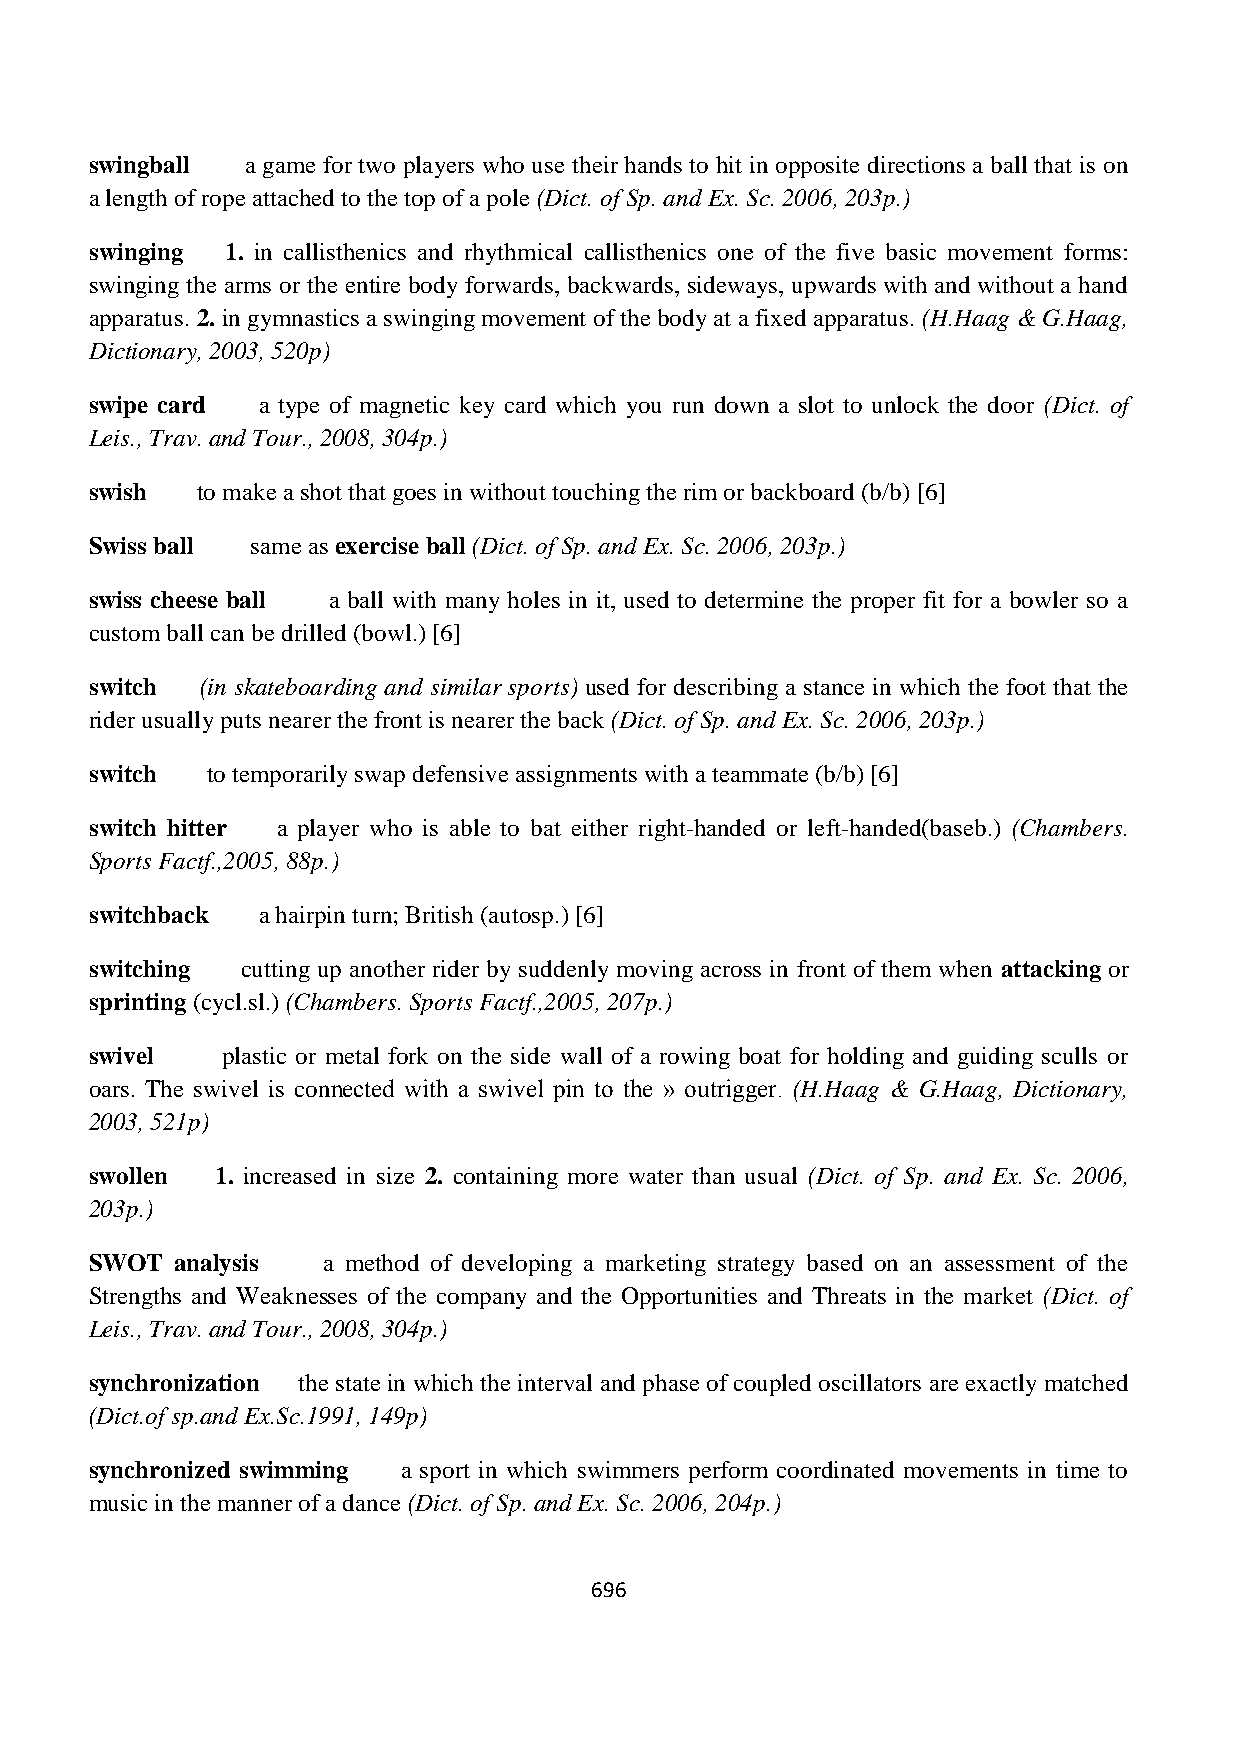
swingball a game for two players who use their hands to hit in opposite directions a ball that is on
 a length of rope attached to the top of a pole (Dict. of Sp. and Ex. Sc. 2006, 203p.)
 swinging 1. in callisthenics and rhythmical callisthenics one of the five basic movement forms:
 swinging the arms or the entire body forwards, backwards, sideways, upwards with and without a hand
 apparatus. 2. in gymnastics a swinging movement of the body at a fixed apparatus. (H.Haag & G.Haag,
 Dictionary, 2003, 520p)
 swipe card a type of magnetic key card which you run down a slot to unlock the door (Dict. of
 Leis., Trav. and Tour., 2008, 304p.)
 swish  to make a shot that goes in without touching the rim or backboard (b/b) [6]
 Swiss ball same as exercise ball (Dict. of Sp. and Ex. Sc. 2006, 203p.)
 swiss cheese ball a ball with many holes in it, used to determine the proper fit for a bowler so a
 custom ball can be drilled (bowl.) [6]
 switch (in skateboarding and similar sports) used for describing a stance in which the foot that the
 rider usually puts nearer the front is nearer the back (Dict. of Sp. and Ex. Sc. 2006, 203p.)
 switch  to temporarily swap defensive assignments with a teammate (b/b) [6]
 switch hitter a player who is able to bat either right-handed or left-handed(baseb.) (Chambers.
 Sports Factf.,2005, 88p.)
 switchback a hairpin turn; British (autosp.) [6]
 switching cutting up another rider by suddenly moving across in front of them when attacking or
 sprinting (cycl.sl.) (Chambers. Sports Factf.,2005, 207p.)
 swivel   plastic or metal fork on the side wall of a rowing boat for holding and guiding sculls or
 oars. The swivel is connected with a swivel pin to the » outrigger. (H.Haag & G.Haag, Dictionary,
 2003, 521p)
 swollen 1. increased in size 2. containing more water than usual (Dict. of Sp. and Ex. Sc. 2006,
 203p.)
 SWOT  analysis a method of developing a marketing strategy based on an assessment of the
 Strengths and Weaknesses of the company and the Opportunities and Threats in the market (Dict. of
 Leis., Trav. and Tour., 2008, 304p.)
 synchronization the state in which the interval and phase of coupled oscillators are exactly matched
 (Dict.of sp.and Ex.Sc.1991, 149p)
 synchronized swimming a sport in which swimmers perform coordinated movements in time to
 music in the manner of a dance (Dict. of Sp. and Ex. Sc. 2006, 204p.)
 696